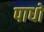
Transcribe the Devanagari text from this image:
पाधों